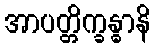
အာပတ္တိက္ခန္ဓာနိ